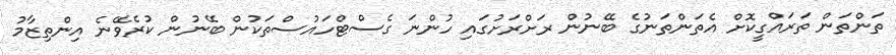
ތަންތަން ތަރައްގީކޮށް އެތަންތަނުގެ ބޭނުން ރަށްރަށުގައި ހުންނަ ގެސްޓްހައުސްތަކުން ބޭނުން ކުރެވޭނެ އިންތިޒާމު